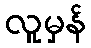
လူမှန်